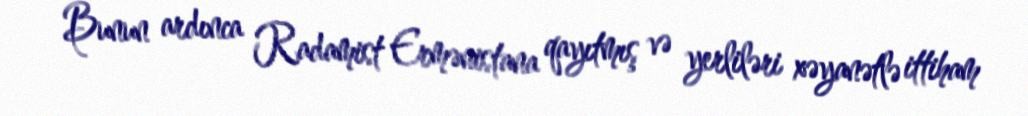
Bunun ardınca Radamist Ermənistana qayıtmış və yerliləri xəyanətlə ittiham